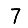
Digit: 7